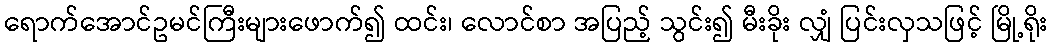
ရောက်အောင်ဥမင်ကြီးများဖောက်၍ ထင်း၊ လောင်စာ အပြည့် သွင်း၍ မီးခိုး လျှံ ပြင်းလှသဖြင့် မြို့ရိုး